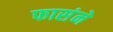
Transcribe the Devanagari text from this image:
फासंने